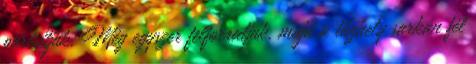
pürésítjük. Még egyszer felforraljuk, majd a tűzhely sarkán fél